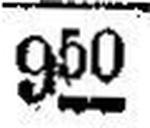
950